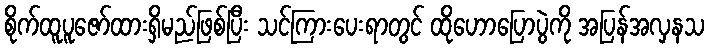
စိုက်ထူပူဇော်ထားရှိမည်ဖြစ်ပြီး သင်ကြားပေးရာတွင် ထိုဟောပြောပွဲကို အပြန်အလှနသ